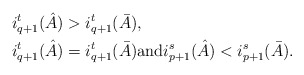
\begin{align*}&i^t_{q+1}(\hat A)>i^t_{q+1}(\bar A),\\&i^t_{q+1}(\hat A)=i^t_{q+1}(\bar A)\hbox{and} i^s_{p+1}(\hat A)< i^s_{p+1}(\bar A).\end{align*}